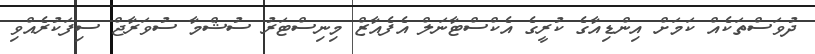
ދުވަސްތަކެއް ކަމަށް އިންޑިއާގެ ކުރީގެ އެކްސްޓާނަލް އެފެއާޒް މިނިސްޓަރު ސުޝްމާ ސުވަރާޖް ސިފަކުރެއްވި